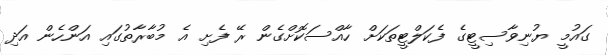
ގައުމީ ޔުނިވާސިޓީގެ ފެކަލްޓީތަކަށް ހާއްސަކޮށްގެން ރޭ ފެށި އެ މުބާރާތުގައި އަންހެން އަދި